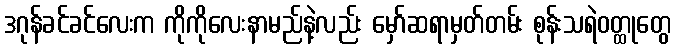
ဒဂုန်ခင်ခင်လေးက ကိုကိုလေးနာမည်နဲ့လည်း မှော်ဆရာမှတ်တမ်း စုန်းသရဲဝတ္ထုတွေ